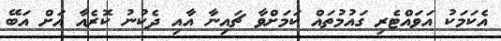
އެކަމަކު އަވައްޓެރި ގައުމުތައް ކަމަށްވާ ޗައިނާ އާއި ދެކުނު ކޮރެއާ އަށް އަބޭ